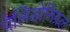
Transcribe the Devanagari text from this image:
पेलिडोनिग्रल